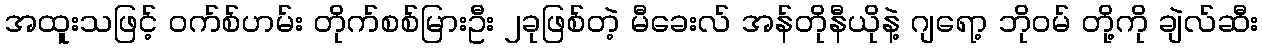
အထူးသဖြင့် ဝက်စ်ဟမ်း တိုက်စစ်မြားဦး ၂ခုဖြစ်တဲ့ မီခေးလ် အန်တိုနီယိုနဲ့ ဂျရော့ ဘိုဝမ် တို့ကို ချဲလ်ဆီး